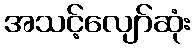
အသင့်လျော်ဆုံး